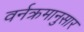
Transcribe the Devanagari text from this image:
वर्नक्रमानुसार